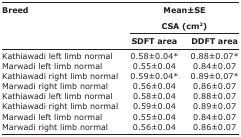
<table><thead><tr><td rowspan="3"><b>Breed</b></td><td colspan="2"><b>Mean±SE CSA (cm<sup>2</sup>)</b></td></tr><tr><td><b>SDFT area</b></td><td><b>DDFT area</b></td></tr></thead><tbody><tr><td>Kathiawadi left limb normal</td><td>0.58±0.04*</td><td>0.88±0.07*</td></tr><tr><td>Marwadi left limb normal</td><td>0.55±0.04</td><td>0.84±0.07</td></tr><tr><td>Kathiawadi right limb normal</td><td>0.59±0.04*</td><td>0.89±0.07*</td></tr><tr><td>Marwadi right limb normal</td><td>0.56±0.04</td><td>0.86±0.07</td></tr><tr><td>Kathiawadi left limb normal</td><td>0.58±0.04</td><td>0.88±0.07</td></tr><tr><td>Kathiawadi right limb normal</td><td>0.59±0.04</td><td>0.89±0.07</td></tr><tr><td>Marwadi left limb normal</td><td>0.55±0.04</td><td>0.84±0.07</td></tr><tr><td>Marwadi right limb normal</td><td>0.56±0.04</td><td>0.86±0.07</td></tr></tbody></table>